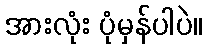
အားလုံး ပုံမှန်ပါပဲ။